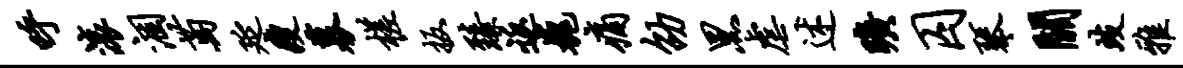
呼滚涸萄延瘦募槎扳臻返巍痛劭黑虐述旷囚琴关歧雅